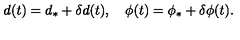
d ( t ) = d _ { \ast } + \delta d ( t ) , \quad \phi ( t ) = \phi _ { \ast } + \delta \phi ( t ) .